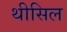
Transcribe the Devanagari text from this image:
थीसिल